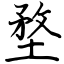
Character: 堥